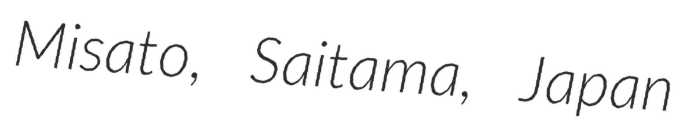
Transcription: Misato, Saitama, Japan